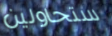
ستحاولين